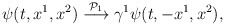
\begin{align*}\psi(t, x^1, x^2)\stackrel{{\cal P}_1}{\longrightarrow}\gamma^1\psi(t,-x^1, x^2),\end{align*}